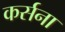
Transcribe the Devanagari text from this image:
कर्सना